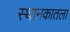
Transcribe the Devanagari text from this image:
स्थानकातला